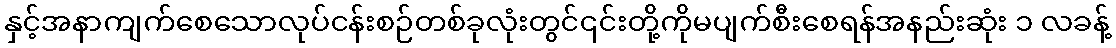
နှင့်အနာကျက်စေသောလုပ်ငန်းစဉ်တစ်ခုလုံးတွင်၎င်းတို့ကိုမပျက်စီးစေရန်အနည်းဆုံး ၁ လခန့်